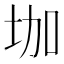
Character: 𡊗